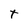
Character: t